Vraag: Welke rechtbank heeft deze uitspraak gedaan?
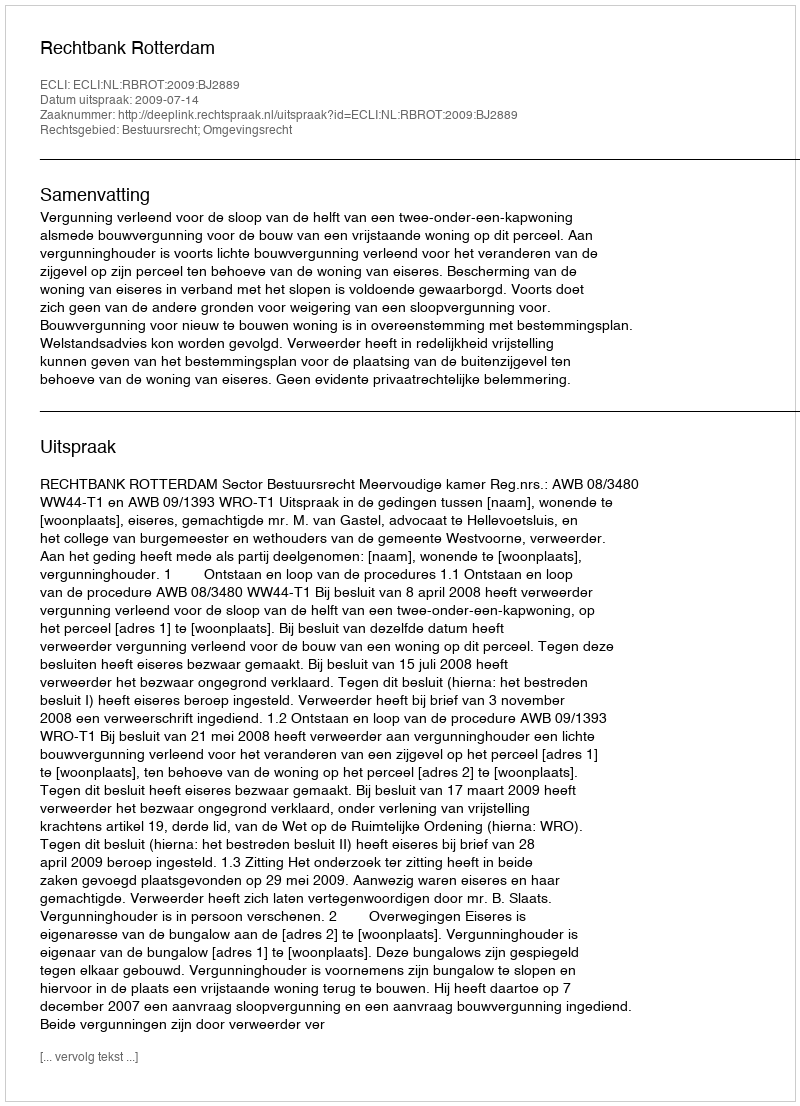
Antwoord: Rechtbank Rotterdam